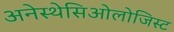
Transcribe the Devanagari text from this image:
अनेस्थेसिओलोजिस्ट